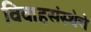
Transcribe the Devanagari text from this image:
विवाहसंस्थेचे